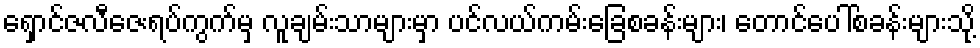
ရှောင်ဇလီဇေးရပ်ကွက်မှ လူချမ်းသာများမှာ ပင်လယ်ကမ်းခြေစခန်းများ၊ တောင်ပေါ်စခန်းများသို့